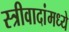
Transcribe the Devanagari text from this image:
स्त्रीवादांमध्ये